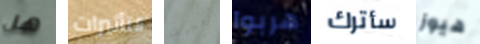
هل التأثيرات أعطوها هربوا سأترك هيوز